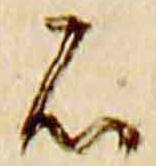
石